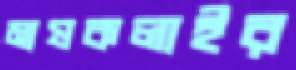
মাষকলাইর